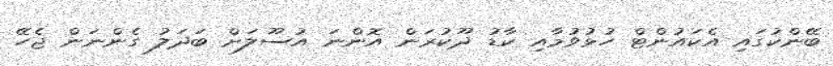
ބޭންކުގައި އެކައުންޓް ހުޅުވުމާއި ކާޑު ދޫކުރަން އޮންނަ އުސޫލަށް ބަދަލު ގެންނަން ޖެހޭ